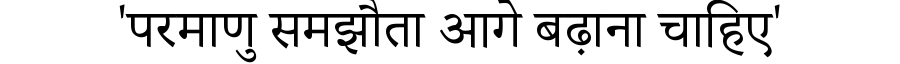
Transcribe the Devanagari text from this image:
'परमाणु समझौता आगे बढ़ाना चाहिए'